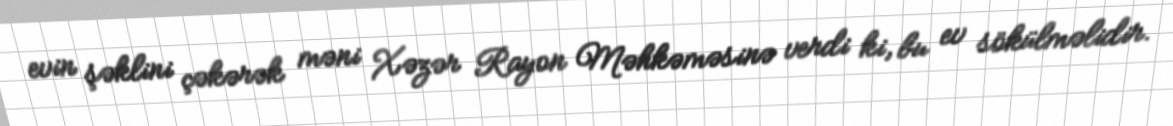
evin şəklini çəkərək məni Xəzər Rayon Məhkəməsinə verdi ki, bu ev sökülməlidir.